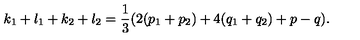
k _ { 1 } + l _ { 1 } + k _ { 2 } + l _ { 2 } = \frac { 1 } { 3 } ( 2 ( p _ { 1 } + p _ { 2 } ) + 4 ( q _ { 1 } + q _ { 2 } ) + p - q ) .